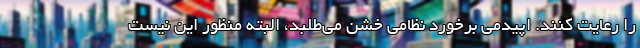
را رعایت کنند. اپیدمی برخورد نظامی خشن می‌طلبد، البته منظور این نیست